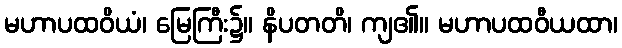
မဟာပထဝိယံ၊ မြေကြီး၌။ နိပတတိ၊ ကျ၏။ မဟာပထဝီယထာ၊